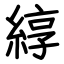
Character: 綧